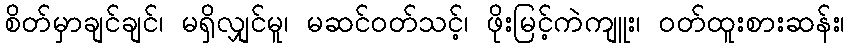
စိတ်မှာချင်ချင်၊ မရှိလျှင်မူ၊ မဆင်ဝတ်သင့်၊ ဖိုးမြင့်ကဲကျူး၊ ဝတ်ထူးစားဆန်း၊